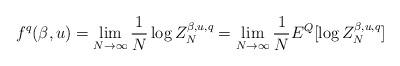
LaTeX: \begin{align*}f^q(\beta, u)=\lim_{N\to \infty}\frac{1}{N}\log Z_N^{\beta, u, q}=\lim_{N\to \infty}\frac{1}{N}E^Q[\log Z_N^{\beta, u, q}]\end{align*}